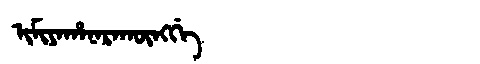
Manchu: ᡳᠮᡳᠶᠠᡥᠠᠨᠠᡵᠠᡴᡡᠩᡤᡝ
Romanization: IMIYAHANARAKŪNGGE